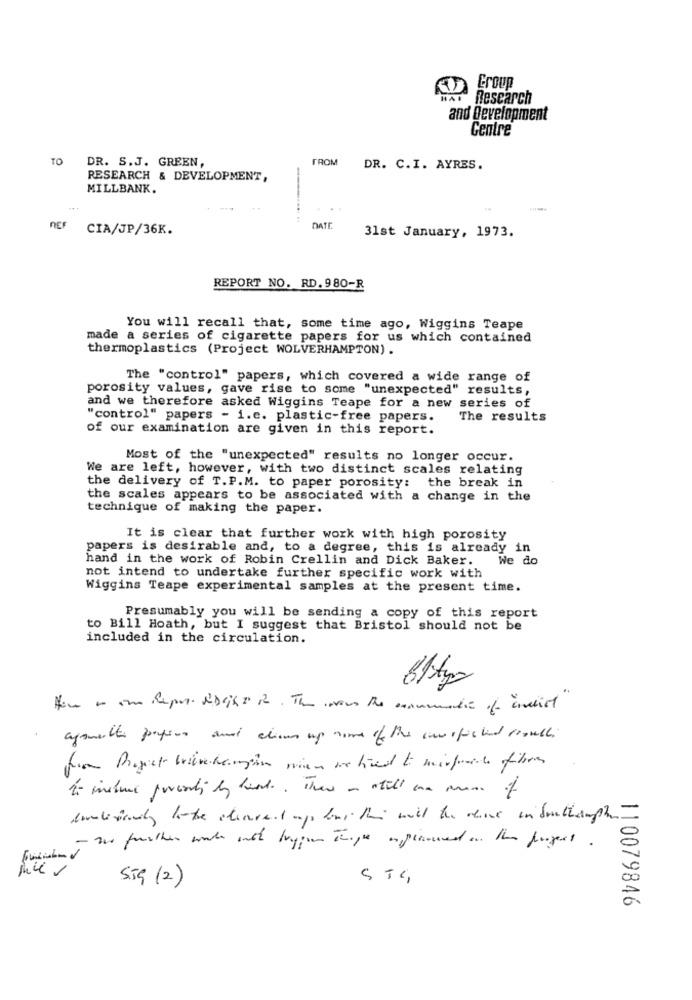
Group
Research
and Development
Centre
TO DR. S.J. GREEN,
FROM
DR. C.I. AYRES.
RESEARCH & DEVELOPMENT,
MILLBANK.
NEF
CIA/JP/36K.
DATE
31st January, 1973.
REPORT NO. RD. 980-R
You will recall that, some time ago, Wiggins Teape
made a series of cigarette papers for us which contained
thermoplastics (Project WOLVERHAMPTON) .
The "control" papers, which covered a wide range of
porosity values, gave rise to some "unexpected" results,
and we therefore asked Wiggins Teape for a new series of
"control" papers - i.c. plastic-free papers.
The results
of our examination are given in this report.
Most of the "unexpected" results no longer occur.
We are left, however, with two distinct scales relating
the delivery of T.P.M. to paper porosity: the break in
the scales appears to be associated with a change in the
technique of making the paper.
It is clear that further work with high porosity
papers is desirable and, to a degree, this is already in
hand in the work of Robin Crellin and Dick Baker.
We do
not intend to undertake further specific work with
Wiggins Teape experimental samples at the present time.
Presumably you will be sending a copy of this report
to Bill Hoath, but I suggest that Bristol should not be
included in the circulation.
for Project brierchemin mien we find to mirfraiche fibres
- wie further work outh Juggs Ihope opinoued on the forgent .
55G (2)
STG
110079846